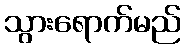
သွားရောက်မည်